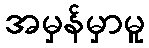
အမှန်မှာမူ